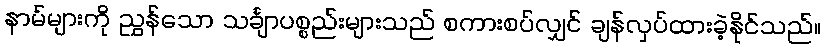
နာမ်များကို ညွှန်သော သင်္ချာပစ္စည်းများသည် စကားစပ်လျှင် ချန်လှပ်ထားခဲ့နိုင်သည်။